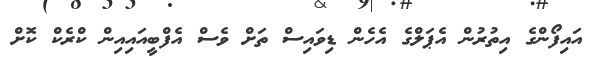
އައިފޯންގެ އިތުރުން އެޕަލްގެ އެހެން ޑިވައިސް ތަށް ވެސް އެފްބީއައިއިން ކްރެކް ކޮށް